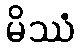
မိဿံ